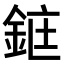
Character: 𫒜